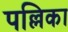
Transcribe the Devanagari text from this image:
पल्लिका